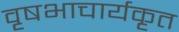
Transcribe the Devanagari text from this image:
वृषभाचार्यकृत